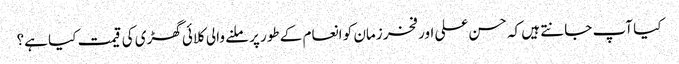
کیا آپ جانتے ہیں کہ حسن علی اور فخر زمان کو انعام کے طور پر ملنے والی کلائی گھڑی کی قیمت کیا ہے؟